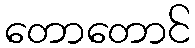
တောတောင်